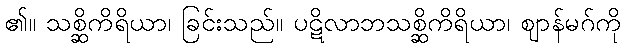
၏။ သစ္ဆိကိရိယာ၊ ခြင်းသည်။ ပဋိလာဘသစ္ဆိကိရိယာ၊ ဈာန်မဂ်ကို